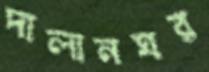
দালানঘর